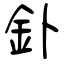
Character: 釙